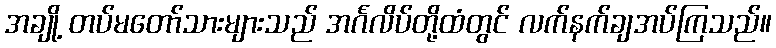
အချို့ တပ်မတော်သားများသည် အင်္ဂလိပ်တို့ထံတွင် လက်နက်ချအပ်ကြသည်။